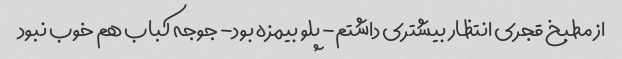
از مطبخ قجری انتظار بیشتری داشتم- پلو بیمزه بود- جوجه کباب هم خوب نبود